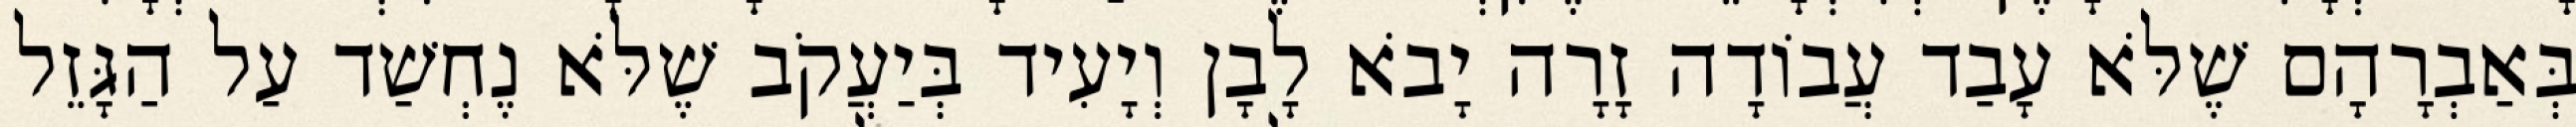
בְּאַבְרָהָם שֶׁלֹּא עָבַד עֲבוֹדָה זָרָה יָבֹא לָבָן וְיָעִיד בְּיַעֲקֹב שֶׁלֹּא נֶחְשַׁד עַל הַגָּזֵל